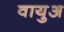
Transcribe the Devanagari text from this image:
वायुअ